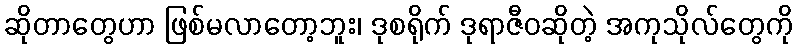
ဆိုတာတွေဟာ ဖြစ်မလာတော့ဘူး၊ ဒုစရိုက် ဒုရာဇီဝဆိုတဲ့ အကုသိုလ်တွေကို